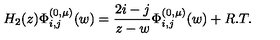
H _ { 2 } ( z ) \Phi _ { i , j } ^ { ( 0 , \mu ) } ( w ) = \frac { 2 i - j } { z - w } \Phi _ { i , j } ^ { ( 0 , \mu ) } ( w ) + R . T .